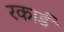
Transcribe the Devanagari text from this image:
रकार्ड